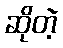
ဆိုတဲ့